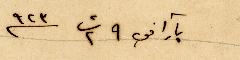
بآرا في ٩ ت٢ ٩٢٣